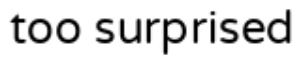
too surprised